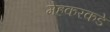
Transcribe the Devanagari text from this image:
मेहकरकडे